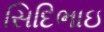
સિદિભાઇ